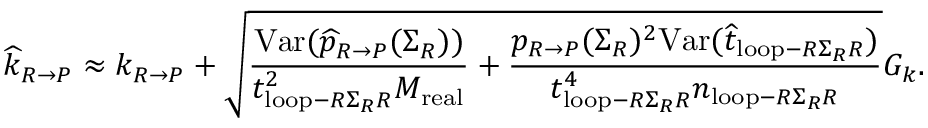
\widehat { k } _ { R \rightarrow P } \approx k _ { R \rightarrow P } + \sqrt { \frac { \mathrm { V a r } ( \widehat { p } _ { R \rightarrow P } ( \Sigma _ { R } ) ) } { t _ { \mathrm { l o o p } - R \Sigma _ { R } R } ^ { 2 } M _ { \mathrm { r e a l } } } + \frac { p _ { R \rightarrow P } ( \Sigma _ { R } ) ^ { 2 } \mathrm { V a r } ( \widehat { t } _ { \mathrm { l o o p } - R \Sigma _ { R } R } ) } { t _ { \mathrm { l o o p } - R \Sigma _ { R } R } ^ { 4 } n _ { \mathrm { l o o p } - R \Sigma _ { R } R } } } G _ { k } .